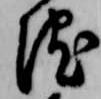
院